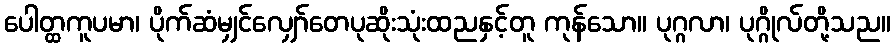
ပေါတ္ထကူပမာ၊ ပိုက်ဆံမျှင်လျှော်တေပုဆိုးသုံးထညနှင့်တူ ကုန်သော။ ပုဂ္ဂလာ၊ ပုဂ္ဂိုလ်တို့သည။